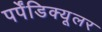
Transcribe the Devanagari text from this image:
पर्पेंडिक्यूलर